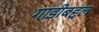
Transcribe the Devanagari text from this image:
गाडीबद्दल